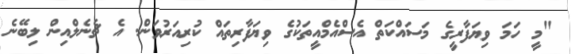
"މީ ހަމަ ވިޔަފާރީގެ މަސައްކަތް އެސްއެމްއީތަކުގެ ވިޔަފާރިތައް ކުރިއަރުވަން. އެ ޗެނެލްއިން ލިބޭނެ